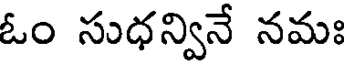
ఓం సుధన్వినే నమః